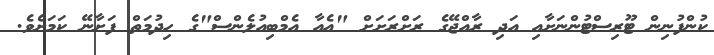
ކުންފުނިން ޓޫރިސްޓުންނަށާއި އަދި ރާއްޖޭގެ ރަށްރަށަށް "އެއާ އެމްބިއުލެންސް"ގެ ހިދުމަތް ފަށާނޭ ކަމަށެވެ.